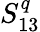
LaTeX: S_{13}^{q}